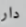
دار